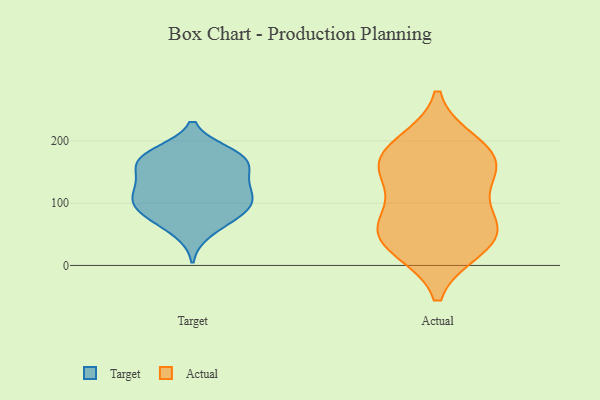
{"axis": {"x": "Website Visitors", "y": "Value"}, "legend": ["Actual", "Target"], "data": [{"x": "", "y": 129, "type": "Target"}, {"x": "", "y": 97, "type": "Target"}, {"x": "", "y": 118, "type": "Target"}, {"x": "", "y": 158, "type": "Target"}, {"x": "", "y": 53, "type": "Target"}, {"x": "", "y": 105, "type": "Target"}, {"x": "", "y": 182, "type": "Target"}, {"x": "", "y": 158, "type": "Target"}, {"x": "", "y": 95, "type": "Target"}, {"x": "", "y": 176, "type": "Target"}, {"x": "", "y": 173, "type": "Target"}, {"x": "", "y": 181, "type": "Target"}, {"x": "", "y": 90, "type": "Target"}, {"x": "", "y": 133, "type": "Target"}, {"x": "", "y": 156, "type": "Target"}, {"x": "", "y": 77, "type": "Target"}, {"x": "", "y": 75, "type": "Target"}, {"x": "", "y": 116, "type": "Target"}, {"x": "", "y": 62, "type": "Actual"}, {"x": "", "y": 157, "type": "Actual"}, {"x": "", "y": 194, "type": "Actual"}, {"x": "", "y": 140, "type": "Actual"}, {"x": "", "y": 29, "type": "Actual"}, {"x": "", "y": 58, "type": "Actual"}, {"x": "", "y": 179, "type": "Actual"}, {"x": "", "y": 34, "type": "Actual"}, {"x": "", "y": 72, "type": "Actual"}, {"x": "", "y": 163, "type": "Actual"}]}